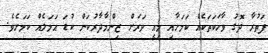
ފަތުރާ ދޮގު ވާހަކަތަކެއް ކަމަށާއި މިއީ ވަރަށް ޒިންމާދާރުކަން ކުޑަ އަމަލެއް ކަމަށެވެ.